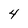
Character: 4